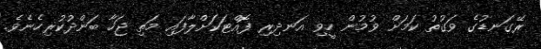
ރޭގަނޑުގެ ވަގުތު ކަމަށް ވުމުން ހީވި އަނދިރި ފޮއްޓަކަށްލާފައި މަތި ޖަހާ ބަންދުކުރިހެނެވެ.